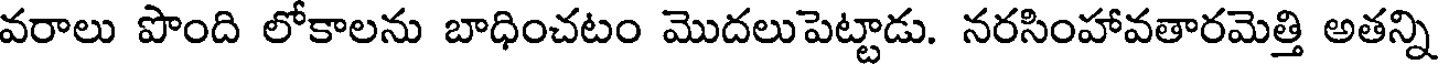
వరాలు పొంది లోకాలను బాధించటం మొదలుపెట్టాడు. నరసింహావతారమెత్తి అతన్ని